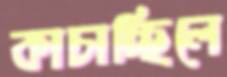
কাচাচ্ছিলে